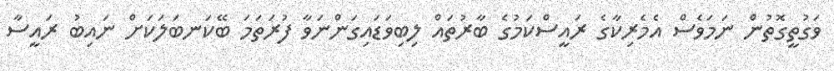
ވަގުތީގޮތުން ނަމަވެސް އެމެރިކާގެ ރައީސްކަމުގެ ބާރުތައް ލިބިވަޑައިގަންނަވާ ފުރަތަމަ ބޭކަނބަލަކަށް ނައިބު ރައީސާ